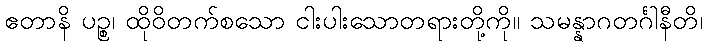
ဧတာနိ ပဉ္စ၊ ထိုဝိတက်စသော ငါးပါးသောတရားတို့ကို။ သမန္နာဂတင်္ဂါနီတိ၊